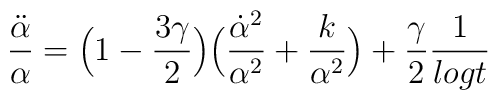
\frac{\ddot{\alpha}}{\alpha}=\Big{(}1-\frac{3\gamma}{2}\Big{)}\Big{(}\frac{\dot{\alpha}^{2}}{\alpha^{2}}+\frac{k}{\alpha^{2}}\Big{)}+\frac{\gamma}{2}\frac{1}{logt}